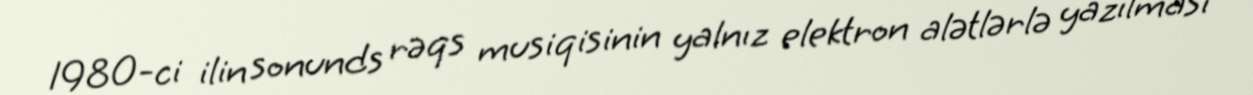
1980-ci ilin sonunds rəqs musiqisinin yalnız elektron alətlərlə yazılması